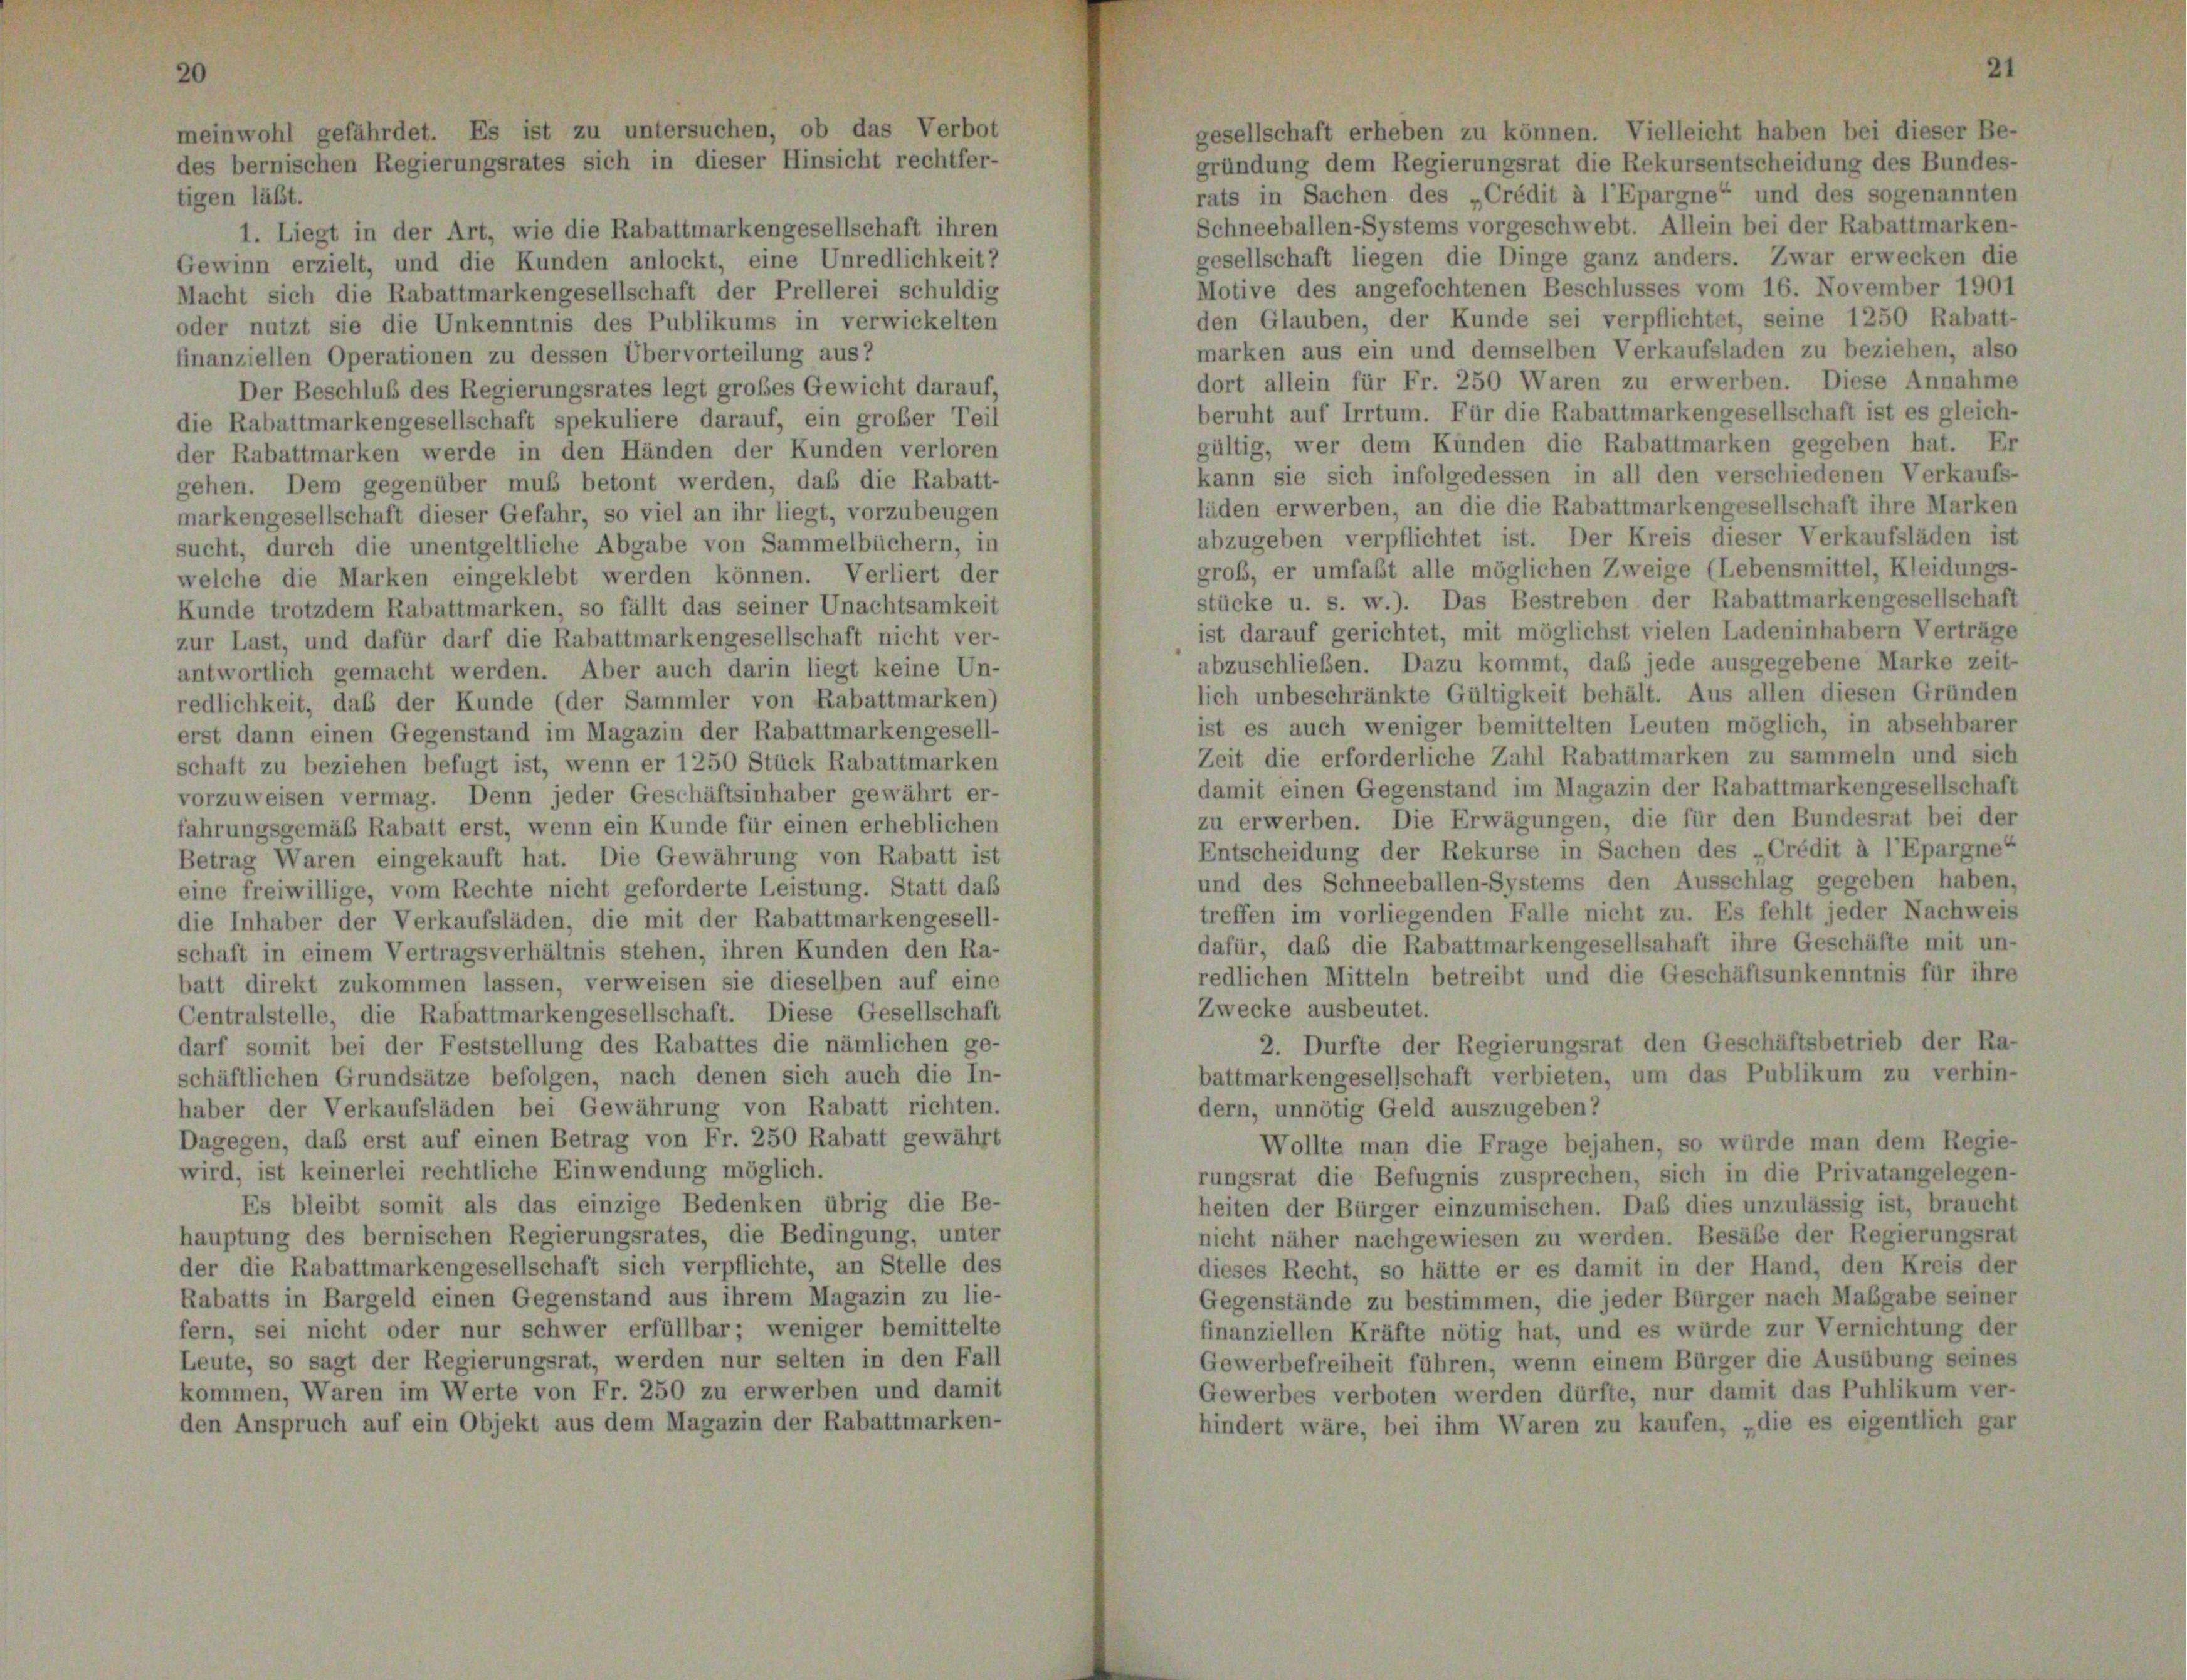
meinwohl gefährdet. Es ist zu untersuchen, ob das Verbot
des bernischen Regierungsrates sich in dieser Hinsicht rechtfer-

gesellschaft erheben zu können. Vielleicht haben bei dieser Be-
gründung dem Regierungsrat die Rekursentscheidung des Bundes-
rats in Sachen des „Crédit à l’Epargne“ und des sogenannten
igen läßt.
Schneeballen-Systems vorgeschwebt. Allein bei der Rabattmarken-
1. Liegt in der Art, wie die Rabattmarkengesellschaft ihren
gesellschaft liegen die Dinge ganz anders. Zwar erwecken die
jewinn erzielt, und die Kunden anlockt, eine Unredlichkeit?
Motive des angefochtenen Beschlusses vom 16. November 1901
lacht sich die Rabattmarkengesellschaft der Prellerei schuldig
den Glauben, der Kunde sei verpflichtet, seine 1250 Rabatt-
der nutzt sie die Unkenntnis des Publikums in verwickelten
marken aus ein und demselben Verkaufsladen zu beziehen, also
inanziellen Operationen zu dessen Übervorteilung aus?
dort allein für Fr. 250 Waren zu erwerben. Diese Annahme
Der Beschluß des Regierungsrates legt großes Gewicht darauf,
beruht auf Irrtum. Für die Rabattmarkengesellschaft ist es gleich-
die Rabattmarkengesellschaft spekuliere darauf, ein großer Teil
gültig, wer dem Künden die Rabattmarken gegeben hat. Er
er Rabattmarken werde in den Händen der Kunden verloren
kann sie sich infolgedessen in all den verschiedenen Verkaufs-
ehen. Dem gegenüber muß betont werden, daß die Rabatt-
läden erwerben, an die die Rabattmarkengesellschaft ihre Marken
narkengesellschaft dieser Gefahr, so viel an ihr liegt, vorzubeugen
abzugeben verpflichtet ist. Der Kreis dieser Verkaufsläden ist
sucht, durch die unentgeltliche Abgabe von Sammelbüchern, in
groß, er umfaßt alle möglichen Zweige (Lebensmittel, Kleidungs-
welche die Marken eingeklebt werden können. Verliert der
stücke u. s. w.). Das Bestreben der Rabattmarkengesellschaft
Funde trotzdem Rabattmarken, so fällt das seiner Unachtsamkeit
ist darauf gerichtet, mit möglichst vielen Ladeninhabern Verträge
ur Last, und dafür darf die Rabattmarkengesellschaft nicht ver-
abzuschließen. Dazu kommt, daß jede ausgegebene Marke zeit-
antwortlich gemacht werden. Aber auch darin liegt keine Un-
lich unbeschränkte Gültigkeit behält. Aus allen diesen Gründen
edlichkeit, daß der Kunde (der Sammler von Rabattmarken)
ist es auch weniger bemittelten Leuten möglich, in absehbarer
rst dann einen Gegenstand im Magazin der Rabattmarkengesell-
Zeit die erforderliche Zahl Rabattmarken zu sammeln und sich
chaft zu beziehen befugt ist, wenn er 1250 Stück Rabattmarken
damit einen Gegenstand im Magazin der Rabattmarkengesellschaft
orzuweisen vermag. Denn jeder Geschäftsinhaber gewährt er-
zu erwerben. Die Erwägungen, die für den Bundesrat bei der
ahrungsgemäß Rabatt erst, wenn ein Kunde für einen erheblichen
Entscheidung der Rekurse in Sachen des Crédit à l’Epargne“
betrag Waren eingekauft hat. Die Gewährung von Rabatt ist
und des Schneeballen-Systems den Ausschlag gegeben haben.
ine freiwillige, vom Rechte nicht geforderte Leistung. Statt daß
treffen im vorliegenden Falle nicht zu. Es fehlt jeder Nachweis
lie Inhaber der Verkaufsläden, die mit der Rabattmarkengesell-
dafür, daß die Rabattmarkengesellsahaft ihre Geschäfte mit un-
chaft in einem Vertragsverhältnis stehen, ihren Kunden den Ra-
redlichen Mitteln betreibt und die Geschäftsunkenntnis für ihre
att direkt zukommen lassen, verweisen sie dieselben auf eine
Zwecke ausbeutet.
Centralstelle, die Rabattmarkengesellschaft. Diese Gesellschaft
2. Durfte der Regierungsrat den Geschäftsbetrieb der Ra-
larf somit bei der Feststellung des Rabattes die nämlichen ge-
battmarkengesellschaft verbieten, um das Publikum zu verhin-
chäftlichen Grundsätze befolgen, nach denen sich auch die In-
haber der Verkaufsläden bei Gewährung von Rabatt richten.
dern, unnötig Geld auszugeben?
Dagegen, daß erst auf einen Betrag von Fr. 250 Rabatt gewährt
Wollte man die Frage bejahen, so würde man dem Regie-
wird, ist keinerlei rechtliche Einwendung möglich.
rungsrat die Befugnis zusprechen, sich in die Privatangelegen-
Es bleibt somit als das einzige Bedenken übrig die Be-
heiten der Bürger einzumischen. Das dies unzulässig ist, braucht
hauptung des bernischen Regierungsrates, die Bedingung, unter
nicht näher nachgewiesen zu werden. Besäbe der Regierungsrat
ler die Rabattmarkengesellschaft sich verpflichte, an Stelle des
dieses Recht, so hätte er es damit in der Hand, den Kreis der
Rabatts in Bargeld einen Gegenstand aus ihrem Magazin zu lie-
Gegenstände zu bestimmen, die jeder Bürger nach Mabgabe seiner
ern, sei nicht oder nur schwer erfüllbar; weniger bemittelte
finanziellen Kräfte nötig hat, und es würde zur Vernichtung der
eute, so sagt der Regierungsrat, werden nur selten in den Fall
Gewerbefreiheit führen, wenn einem Bürger die Ausübung seines
kommen, Waren im Werte von Fr. 250 zu erwerben und damit
Gewerbes verboten werden dürfte, nur damit das Publikum ver-
den Anspruch auf ein Objekt aus dem Magazin der Rabattmarken-
hindert wäre, bei ihm Waren zu kaufen, „die es eigentlich gar